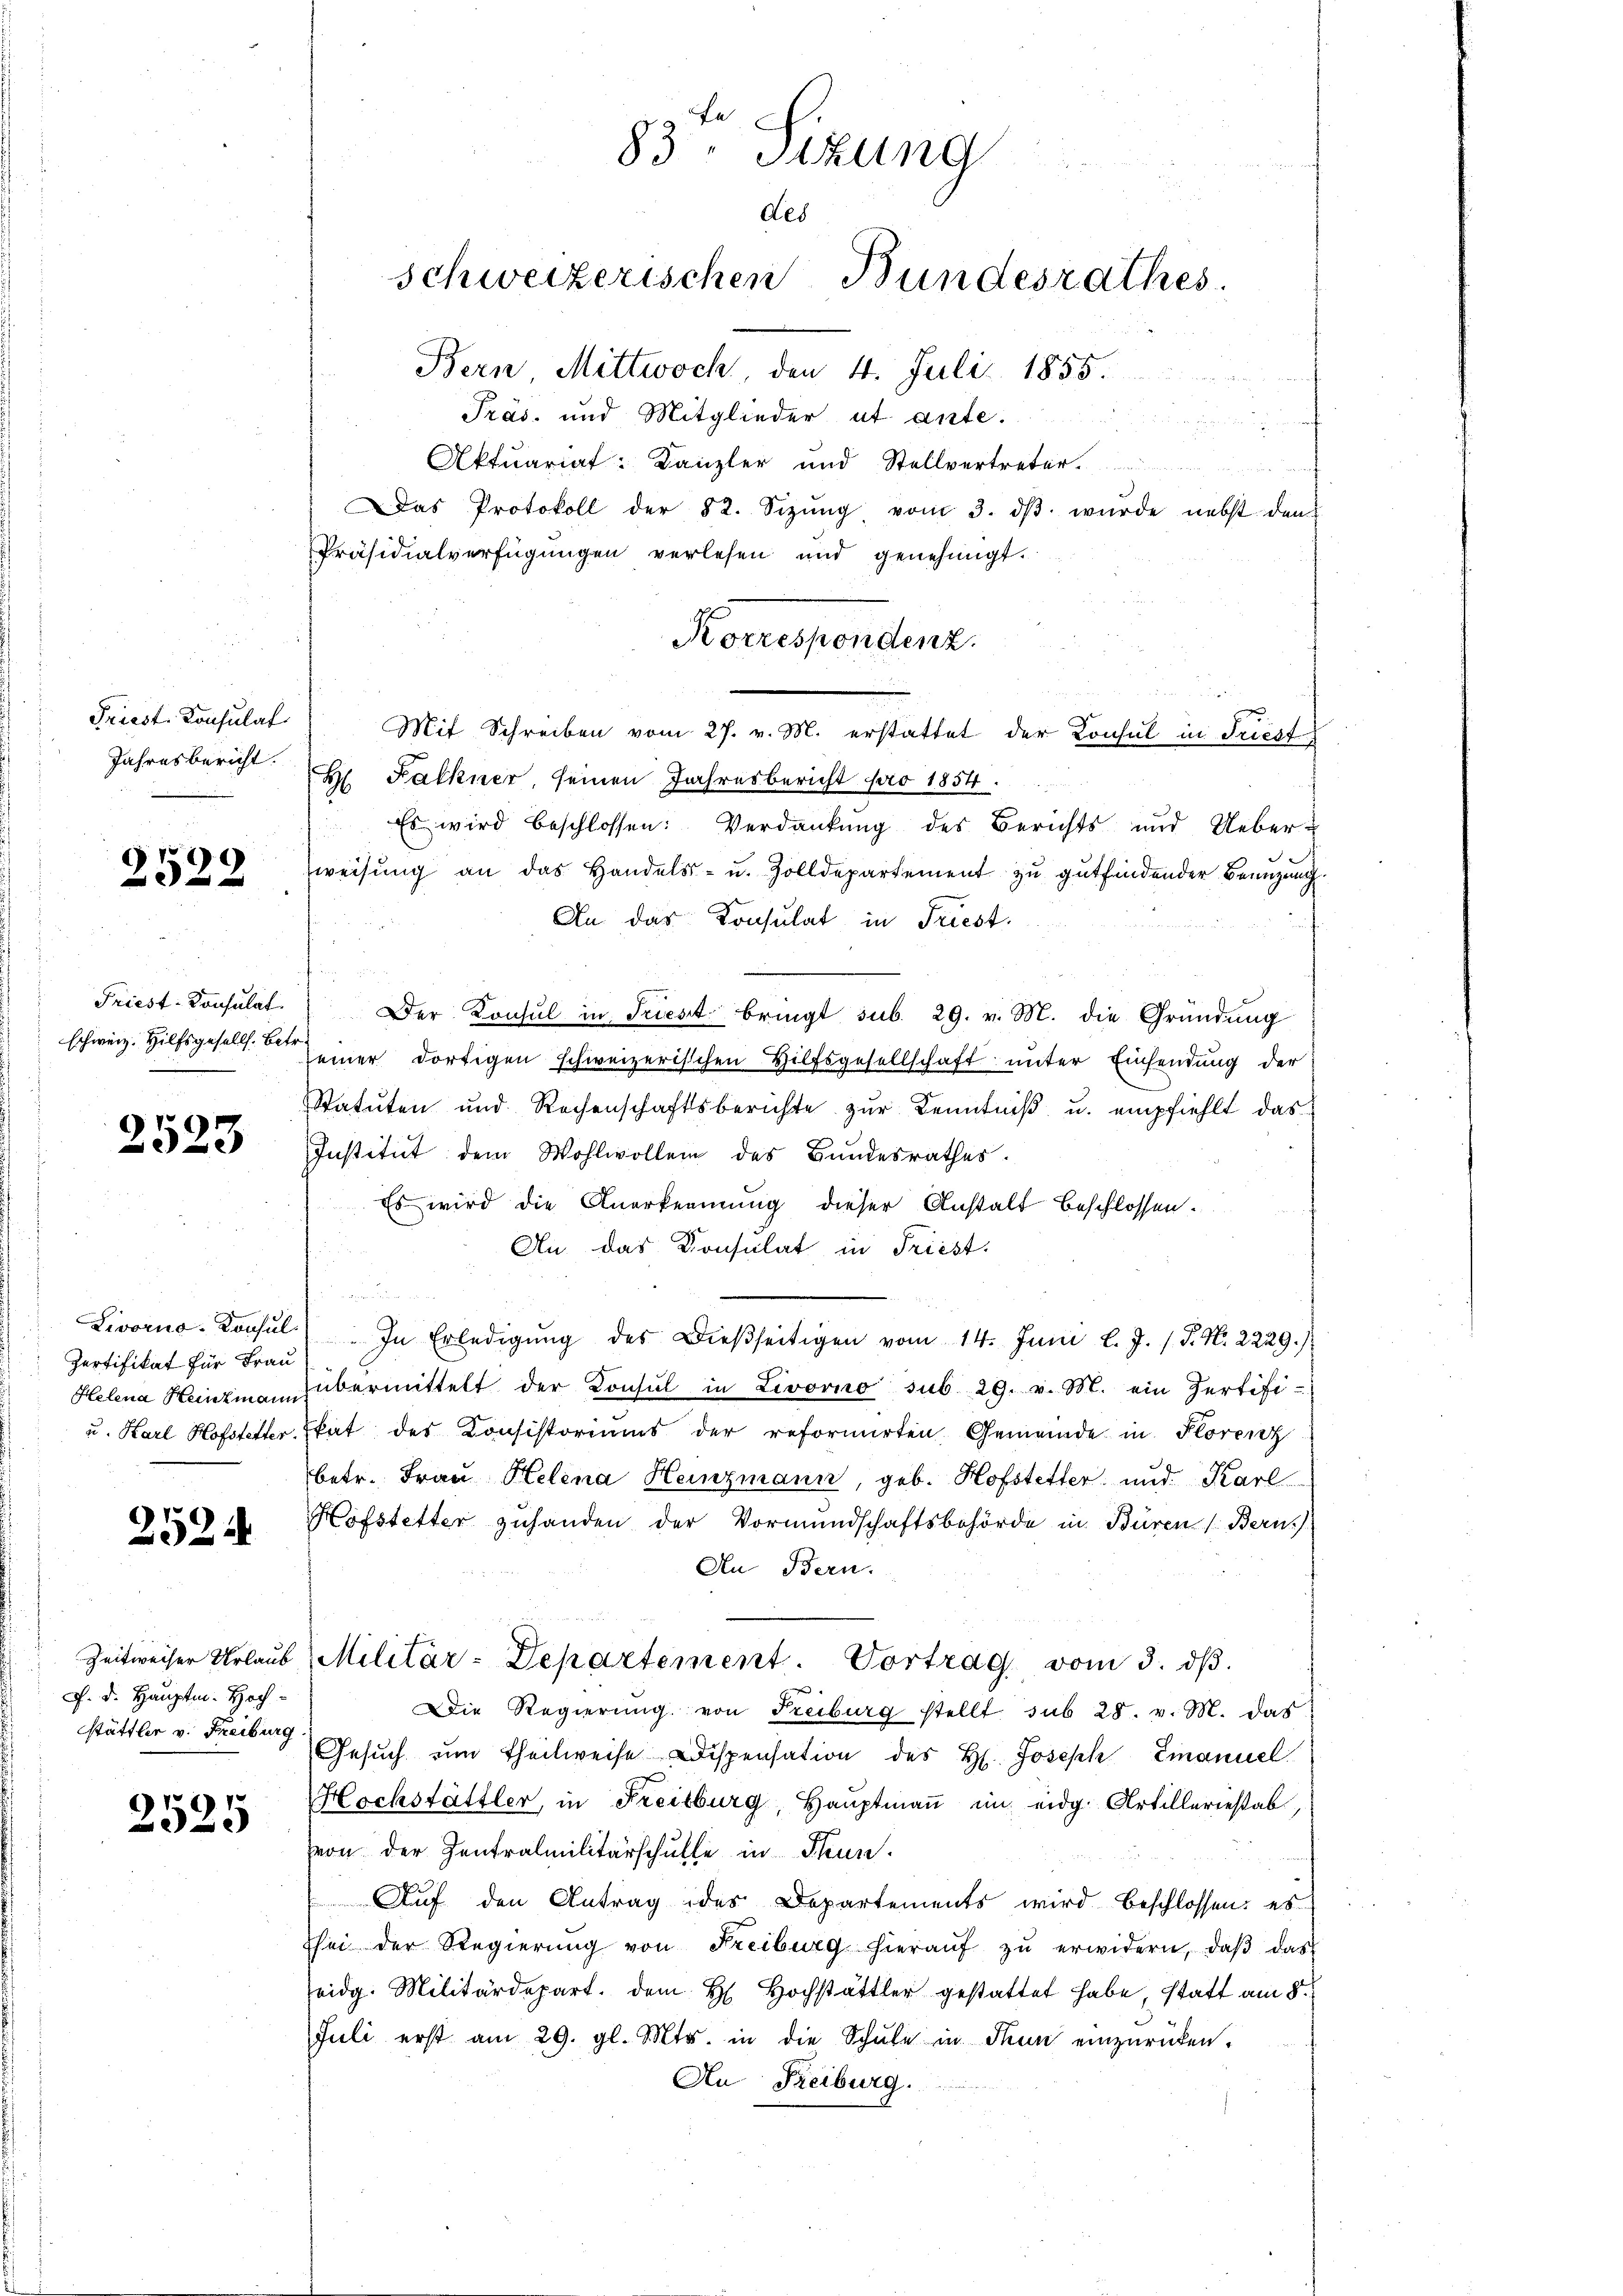
Friest. Consulat
Jahresbericht.

2522

Friest-Consulat
schweiz. Hilfsgesells. Betr.

2523

Zertifikat für Frau
Helena Heizmann

2524

F. d. Hauptm. Hochstättler v. Freiburg

2525

83. Sizung
deb
schweizerischen Bundesrathes.
Bern Mittwoch, den 4. Juli 1855.

Präs. und Mitglieder et ante.
Aktuariat: Kanzler und Stellvertreter
Das Protokoll der 82. Sezŭng vom 3. dβ wŭrde nebst den
Präsidialverfügungen verlesen und genehmigt.
Es wird beschlossen: Verdankŭng des Berichts und Ueber-
weisung an das Handels- u. Zolldepartement zu gutfindender Benuzung.
An das Consulat in Triest.
Der Konsul in Triest bringt sub. 29. v. M. die Gründung
seiner dortigen schweizerischen Hilfsgesellschaft unter Einsendung der
Statuten und Rochenschaftsberichte zur Kenntniß u. empfiehlt das
Institut dem Wohlwollen des Bundesrathes.
Es wird die Anerkennung dieser Anstalt beschlossen.
An das Konsulat in Friest.
Livorna- Konsŭl) In Erledigŭng des Dießseitigen vom 14. Juni l. J. P. Nr. 2229./
übermittelt der Konsul in Livorno sub 29. v. M. ein Zertifi-
u. Karl Hofstetter, Etat des Konsistoriums der reformirten Gemeinde in Florenz
betr. Frau Helena Heinzmann, geb. Hofstetter und Karl
Hofstetter zuhanden der Vormundschaftsbehörde in Büren Bern
An Bern.
Zeitweiser Urlaŭb (Militär-Departement. Vortrag vom 3. dβ.
Die Regierung von Freiburg stellt sub 28. v. M. das
Gesŭch ŭm Theilweise Dispensation des H. Joseph Emanuel
Hochstättler, in Freiburg, Haŭptmaṅ im eidg. Artilleriestab,
von der Zentralmilitärschulle in Thun.
Auf den Antrag des Departements wird beschlossen: es
Esei der Regierŭng von Freiburg hieraŭf zŭ erwidern, daβ das
eidg. Militärdepart. dem H. Hochstättler gestattet habe, statt am 8.
Juli erst am 29. gl. Mts. in die Schule in Thun einzurücken.
An Freiburg.

Korrespondenz.
Mit Schreiben vom 27. v. M. erstattet der Konsul in Friest
 Falkner, seinen Jahresbericht pro 1854.